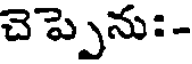
చెప్పెను: -